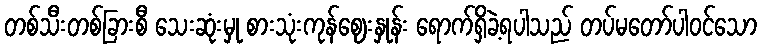
တစ်သီးတစ်ခြားစီ သေးဆုံးမှု စားသုံးကုန်ဈေးနှုန်း ရောက်ရှိခဲ့ရပါသည် တပ်မတော်ပါဝင်သော